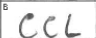
Transcription: CCL